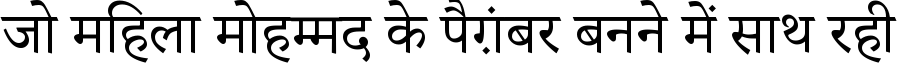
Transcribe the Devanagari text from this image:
जो महिला मोहम्मद के पैग़ंबर बनने में साथ रही